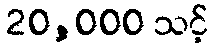
20,000 သင့်